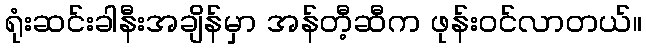
ရုံးဆင်းခါနီးအချိန်မှာ အန်တီ့ဆီက ဖုန်းဝင်လာတယ်။